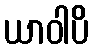
ယာဝါပိ